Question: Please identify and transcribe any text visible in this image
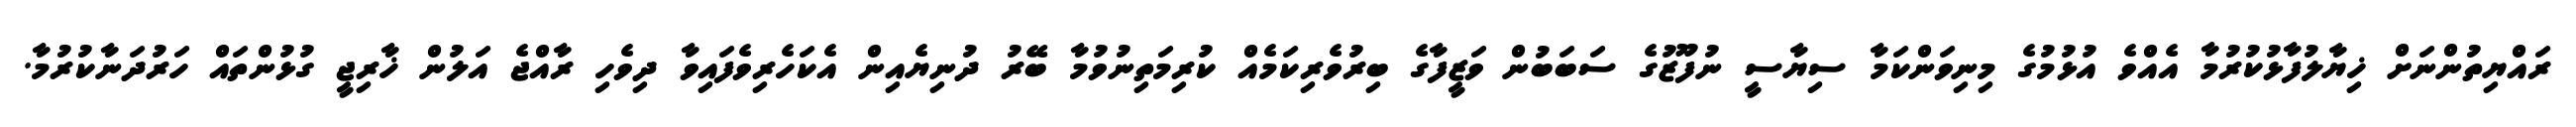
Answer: ރައްޔިތުންނަށް ޚިޔާލުފާޅުކުރުމާ އެއްވެ އުޅުމުގެ މިނިވަންކަމާ ސިޔާސީ ނުފޫޒުގެ ސަބަބުން ވަޒީފާގެ ބިރުވެރިކަމެއް ކުރިމަތިނުވުމާ ބޭރު ދުނިޔެއިން އެކަހެރިވެފައިވާ ދިވެހި ރާއްޖެ އަލުން ޚާރިޖީ ގުޅުންތައް ހަރުދަނާކުރުމާ.